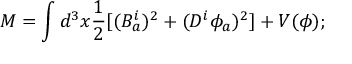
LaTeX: M = \int d ^ { 3 } x \frac { 1 } { 2 } [ ( B _ { a } ^ { i } ) ^ { 2 } + ( D ^ { i } \phi _ { a } ) ^ { 2 } ] + V ( \phi ) ;